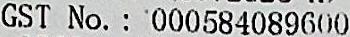
GST NO. : 000584089600